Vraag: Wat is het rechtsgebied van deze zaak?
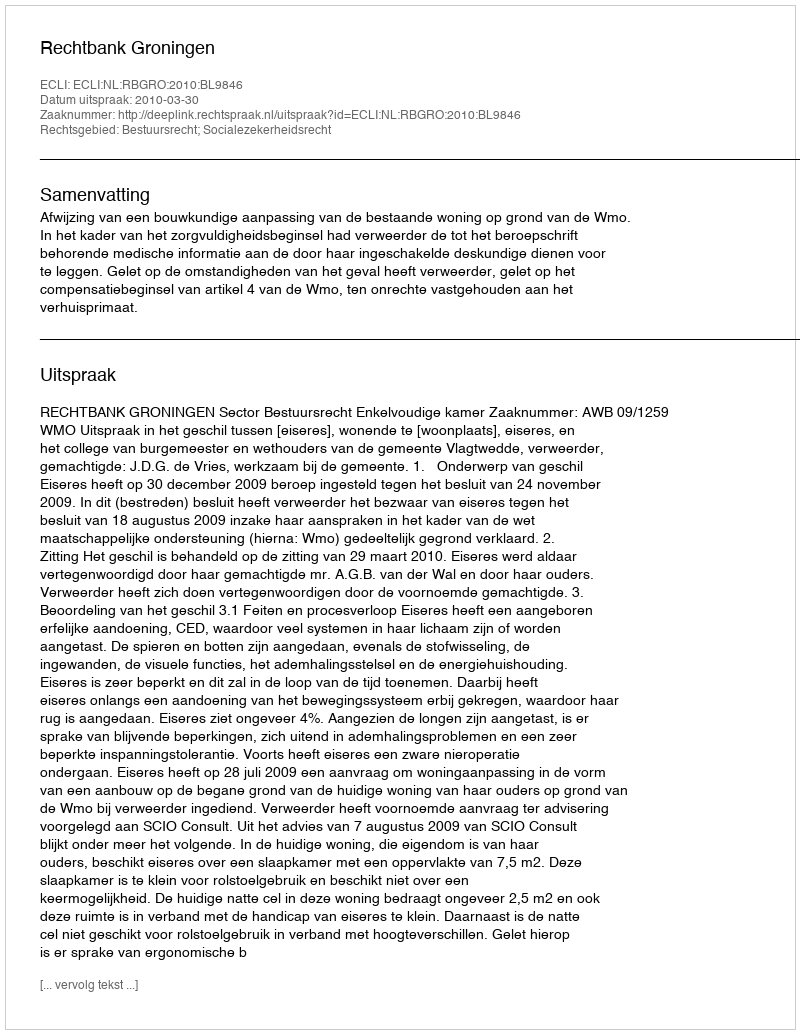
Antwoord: Bestuursrecht; Socialezekerheidsrecht